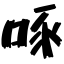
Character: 啄